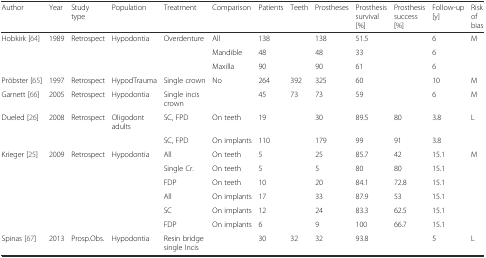
| Author | Year | Study type | Population | Treatment | Comparison | Patients | Teeth | Prostheses | Prosthesis survival [%] | Prosthesis success [%] | Follow-up [y] | Risk of bias |
 | --- | --- | --- | --- | --- | --- | --- | --- | --- | --- | --- | --- | --- |
 | Hobkirk [64] | 1989 | Retrospect | Hypodontia | Overdenture | All | 138 |  | 138 | 51.5 |  | 6 | M |
 |  |  |  |  |  | Mandible | 48 |  | 48 | 33 |  | 6 |  |
 |  |  |  |  |  | Maxilla | 90 |  | 90 | 61 |  | 6 |  |
 | Pröbster [65] | 1997 | Retrospect | HypodTrauma | Single crown | No | 264 | 392 | 325 | 60 |  | 10 | M |
 | Garnett [66] | 2005 | Retrospect | Hypodontia | Single incis crown |  | 45 | 73 | 73 | 59 |  | 6 | M |
 | Dueled [26] | 2008 | Retrospect | Oligodont adults | SC, FPD | On teeth | 19 |  | 30 | 89.5 | 80 | 3.8 | L |
 |  |  |  |  | SC, FPD | On implants | 110 |  | 179 | 99 | 91 | 3.8 |  |
 | Krieger [25] | 2009 | Retrospect | Hypodontia | All | On teeth | 5 |  | 25 | 85.7 | 42 | 15.1 | M |
 |  |  |  |  | Single Cr. | On teeth | 5 |  | 5 | 80 | 80 | 15.1 |  |
 |  |  |  |  | FDP | On teeth | 10 |  | 20 | 84.1 | 72.8 | 15.1 |  |
 |  |  |  |  | All | On implants | 17 |  | 33 | 87.9 | 53 | 15.1 |  |
 |  |  |  |  | SC | On implants | 12 |  | 24 | 83.3 | 62.5 | 15.1 |  |
 |  |  |  |  | FDP | On implants | 6 |  | 9 | 100 | 66.7 | 15.1 |  |
 | Spinas [67] | 2013 | Prosp.Obs. | Hypodontia | Resin bridge single Incis |  | 30 | 32 | 32 | 93.8 |  | 5 | L |